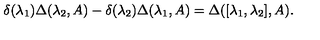
\delta ( \lambda _ { 1 } ) \Delta ( \lambda _ { 2 } , A ) - \delta ( \lambda _ { 2 } ) \Delta ( \lambda _ { 1 } , A ) = \Delta ( [ \lambda _ { 1 } , \lambda _ { 2 } ] , A ) .